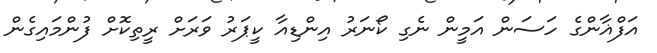
އަފްޣާންގެ ހަސަން އަމީން ނެގި ކޯނަރު އިންޑިއާ ކީޕަރު ވަރަށް ރީތިކޮށް ފުންމައިގެން